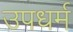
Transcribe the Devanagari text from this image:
उपधर्म